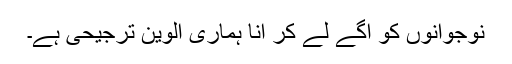
نوجوانوں کو آگے لے کر آنا ہماری الوین ترجیحی ہے۔